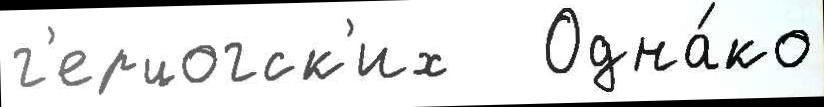
г'ерцогск'их   Одна́ко